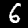
Label: 6